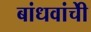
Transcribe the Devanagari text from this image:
बांधवांचीे